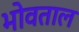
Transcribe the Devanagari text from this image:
भोवताल